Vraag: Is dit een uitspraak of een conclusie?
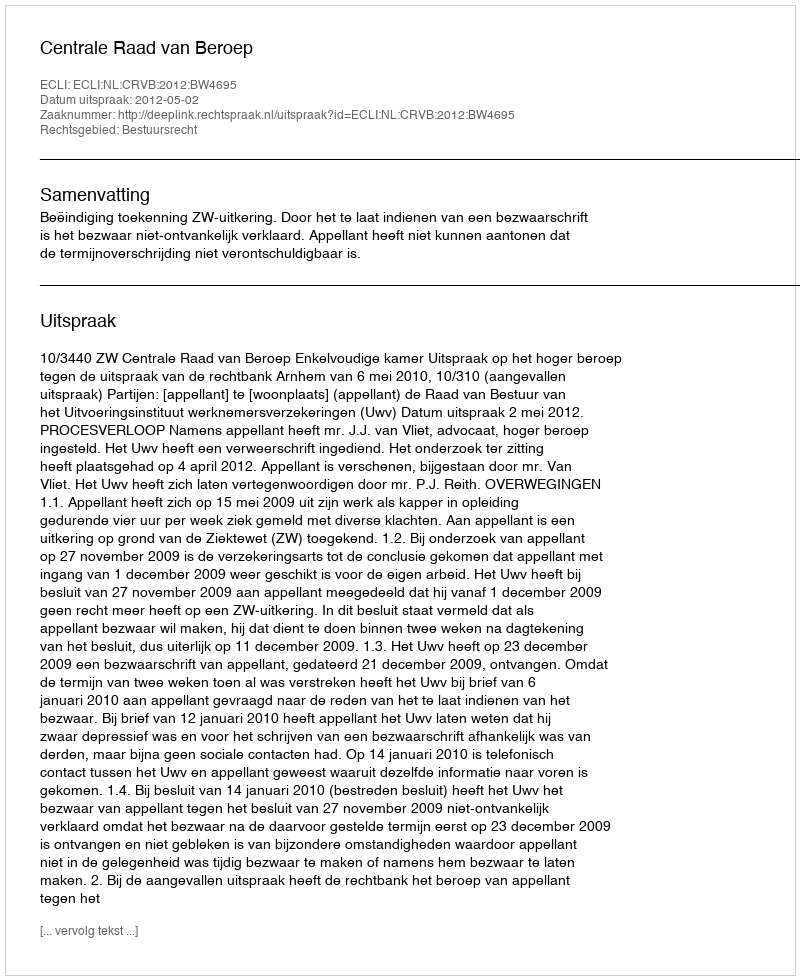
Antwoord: Uitspraak